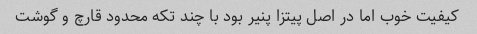
کیفیت خوب اما در اصل پیتزا پنیر بود با چند تکه محدود قارچ و گوشت